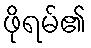
ဖိုရမ်၏